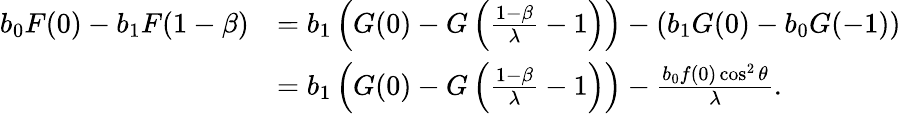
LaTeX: \begin{array}{rl}{b_{0}F(0)-b_{1}F(1-\beta)}&{=b_{1}\left(G(0)-G\left(\frac{1-\beta}{\lambda}-1\right)\right)-\left(b_{1}G(0)-b_{0}G(-1)\right)}\\ &{=b_{1}\left(G(0)-G\left(\frac{1-\beta}{\lambda}-1\right)\right)-\frac{b_{0}f(0)\cos^{2}\theta}{\lambda}.}\end{array}